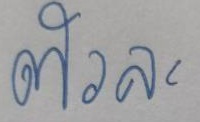
ตัวละ